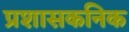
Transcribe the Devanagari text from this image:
प्रशासकनिक